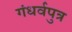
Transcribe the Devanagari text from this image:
गंधर्वपुत्र